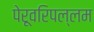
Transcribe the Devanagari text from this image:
पेरूवरिपल्लम